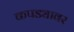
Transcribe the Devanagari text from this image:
कपड्यावर